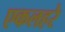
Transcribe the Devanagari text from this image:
एकलहरे